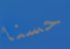
حسنا